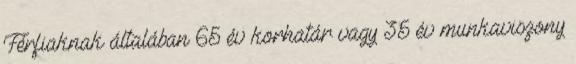
Férfiaknak általában 65 év korhatár vagy 35 év munkaviszony